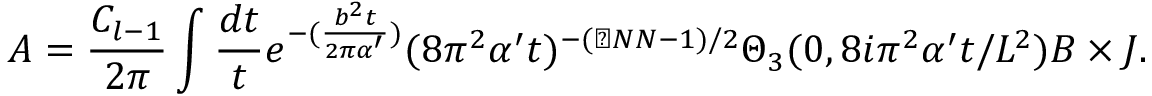
A = \frac { C _ { l - 1 } } { 2 \pi } \int \frac { d t } { t } e ^ { - ( \frac { b ^ { 2 } t } { 2 \pi \alpha ^ { \prime } } ) } ( 8 \pi ^ { 2 } \alpha ^ { \prime } t ) ^ { - ( \sharp N N - 1 ) / 2 } \Theta _ { 3 } ( 0 , 8 i \pi ^ { 2 } \alpha ^ { \prime } t / L ^ { 2 } ) B \times J .